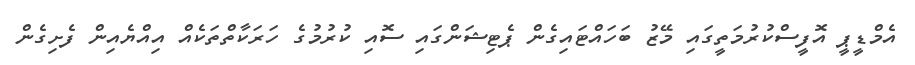
އެމްޑީޕީ އޮފީސްކުރުމަތީގައި މޭޒު ބަހައްޓައިގެން ޕެޓިޝަންގައި ސޮއި ކުރުމުގެ ހަރަކާތްތަކެއް އިއްޔެއިން ފެށިގެން